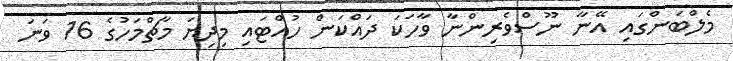
މެލްބަންގައި އޭނާ ނޫސްވެރިންނާ ވާހަކަ ދައްކަން ހުއްޓައި މިދިޔަ މާޗްމަހުގެ 16 ވަނަ